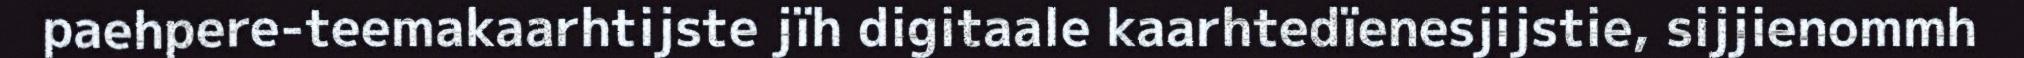
paehpere-teemakaarhtijste jïh digitaale kaarhtedïenesjijstie, sijjienommh